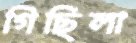
গিছিলা